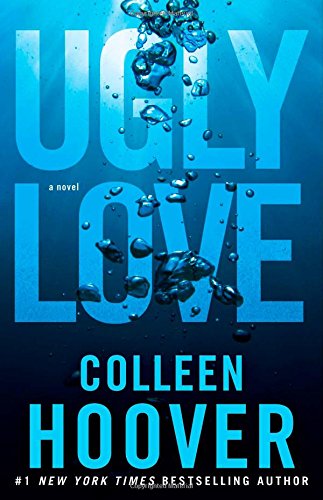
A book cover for Ugly Love: A Novel; Colleen Hoover; Romance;